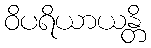
ဝိပရိယာယန္တိ